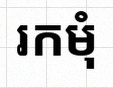
រកមុំ